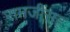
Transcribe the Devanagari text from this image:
रामजींसह